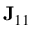
{ \bf J } _ { 1 1 }